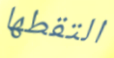
التقطها